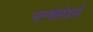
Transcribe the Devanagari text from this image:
अम्बेसेडर्स